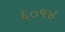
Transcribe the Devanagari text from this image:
६०९४